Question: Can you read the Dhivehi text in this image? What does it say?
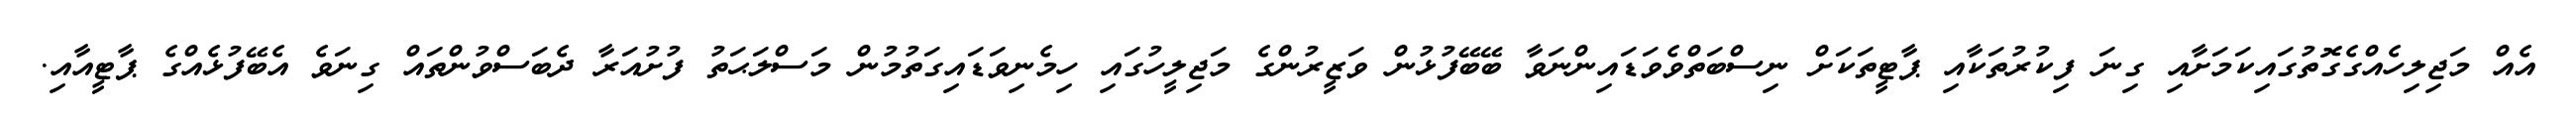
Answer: އެއް މަޖިލިހެއްގެގޮތުގައިކަމަށާއި ގިނަ ފިކުރުތަކާއި ޕާޓީތަކަށް ނިސްބަތްވެވަޑައިންނަވާ ބޭބޭފުޅުން ވަޒީރުންގެ މަޖިލީހުގައި ހިމެނިވަޑައިގަތުމުން މަސްލަޙަތު ފުށުއަރާ ދެބަސްވުންތައް ގިނަވެ އެބޭފުޅެއްގެ ޕާޓީއާއި.